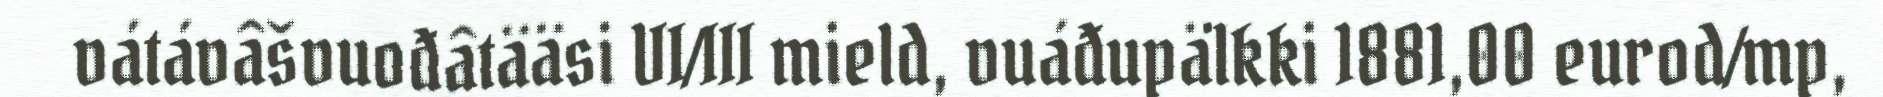
vátávâšvuođâtääsi VI/III mield, vuáđupälkki 1881,00 eurod/mp,